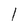
Character: l